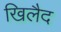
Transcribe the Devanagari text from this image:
खिलैद